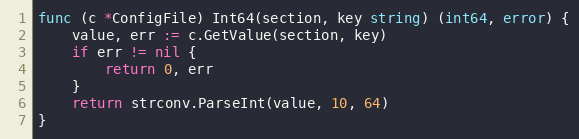
Language: Go
func (c *ConfigFile) Int64(section, key string) (int64, error) {
	value, err := c.GetValue(section, key)
	if err != nil {
		return 0, err
	}
	return strconv.ParseInt(value, 10, 64)
}